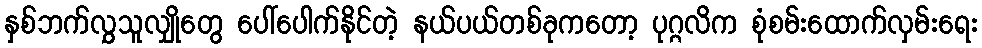
နှစ်ဘက်လွှသူလျှိုတွေ ပေါ်ပေါက်နိုင်တဲ့ နယ်ပယ်တစ်ခုကတော့ ပုဂ္ဂလိက စုံစမ်းထောက်လှမ်းရေး